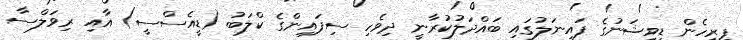
ފިރިހެން ޑިވިޝަނުގެ ފައިނަލުގައި ބައްދަލުކުރާނީ ދިވެހި ސިފައިންގެ ކްލަބު (ޑީއެސްސީ) އާއި ރިވަލްސާ